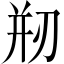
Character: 剏